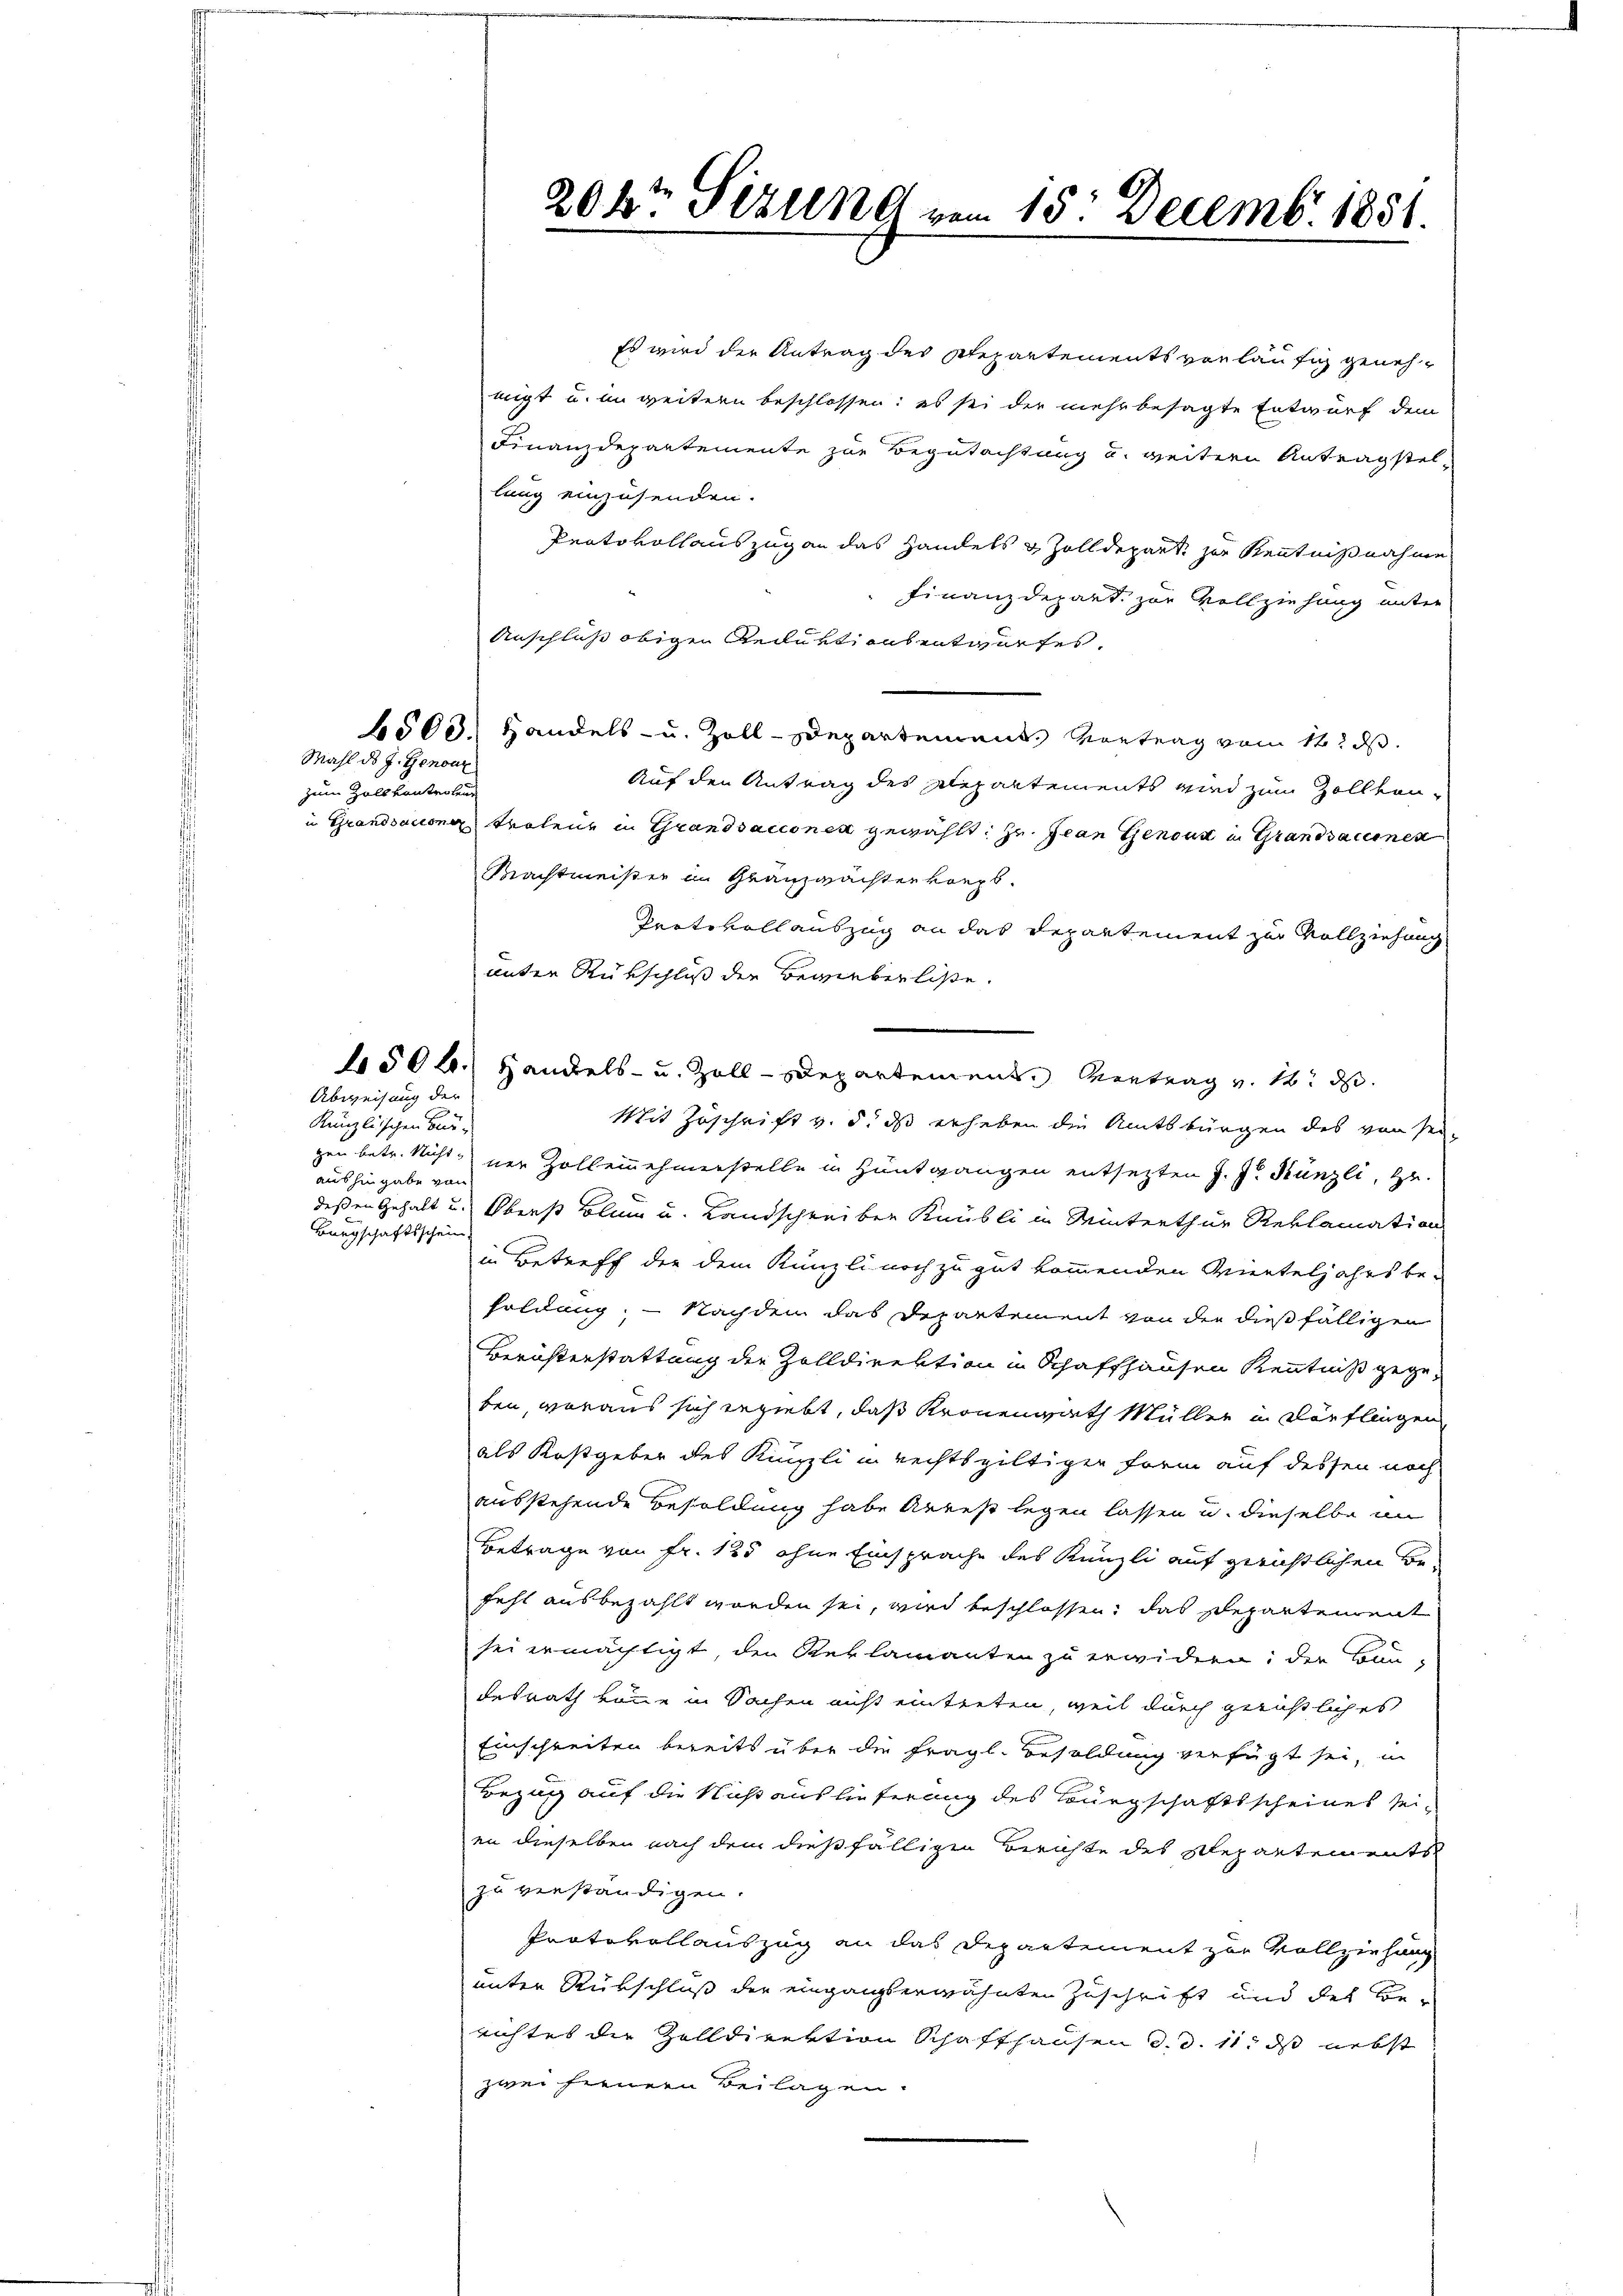
Mahl ds J. Genoux
zum Hall kontrolen

Abweisung der
Künzlischen Beaushingabe von
Bürgschaftsschein,

Es wird der Antrag des Repartements vorläufig genehmigt u. im weitern beschlossen: es sei der mehr besagte Entwurf dem
Finanzdepartemente zur Begutachtung u. weitern Antragstellung einzusenden.
Protokollauszug an das Handels & Zolldepart zur Kenntnißnahme
Finanzdepart zur Vollziehung unter
Anschluß obigen Reduktionsentwurfes.
6500. Handels- u. Zoll-Departement, Vortrag vom 12. d
Auf den Antrag des Repartements wird zum Zollvou-
i Grandsacionen Trolenz in Grandsacconen gewählt: zu. Jean Genous in Grandsacines
Machtmeister in Granzwachterkorps.
Trotsvollauszug an das Departement zur Vollziehung
unter Rückschluß der Bewerberliste,
4506.) Handels- u. Zoll-Departement. Vortrag v. 18. d.
Mit Zuschrift v. 5. ds erheben die Amtsbürgen des von seigen betr. Nicht der Zollennehmerstelle in Hüntgangen entsetzten J. J. Künzli, Hr.
deßen Gehalt u. Oberst Blin u. Landschreiben Raubli in Winterthur Reklamation
in Betreff der dem Künzli noch zu gut kommenden Vierteljahrs be-
foldung. - Nachdem das Departement von der dießfälligen
Berichterstattung die Zolldirektion in Schaffhausen Kenntniß gegeben, woraus sich ergiebt, daß Kronenrath Müller in verflingen
als Kostgeber des Künzli in rechtsgültiger Form auf dessen noch
ausstehende Besoldung habe Arrest legen lassen u. dieselbe an
Betrage von Fr. 125 ohne Einsprache des Künzli auf gerichtlichen Befehl ausbezahlt worden sei, wird beschlossen, das Departement
sei ermächtigt, den Reklamanten zu erwidern; der Baudesrath könne in Sachen nicht eintreten, weil durch gerichtliches
Einschreiten bereits über die fragl. Besoldung verfügt sei, in
Bezug auf die Nicht auslieferung des Bürgschaftsscheines seien dieselben nach dem dießfälligen Berichte des Repartements
zu verständigen.
Protokollauszug an das Departement zur Vollziehung
unter Rückschluß der eingangserwähnten Zuschrift und des Be-
nichtes die Zolldirektion Schaffhausen d. d. 11. ds nebst
zwei fernern Beilagen.

204 Sizung vom 15. Decemb. 1881.